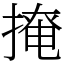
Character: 𢲅